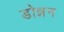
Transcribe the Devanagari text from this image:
डोन्नन